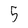
Character: 5